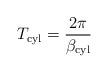
LaTeX: \begin{align*}T_{\rm cyl}=\frac{2\pi}{\beta_{\rm cyl}}\end{align*}